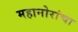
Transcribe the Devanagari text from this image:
महानोरांचा